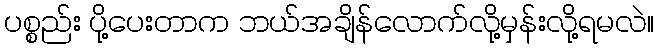
ပစ္စည်း ပို့ပေးတာက ဘယ်အချိန်လောက်လို့မှန်းလို့ရမလဲ။